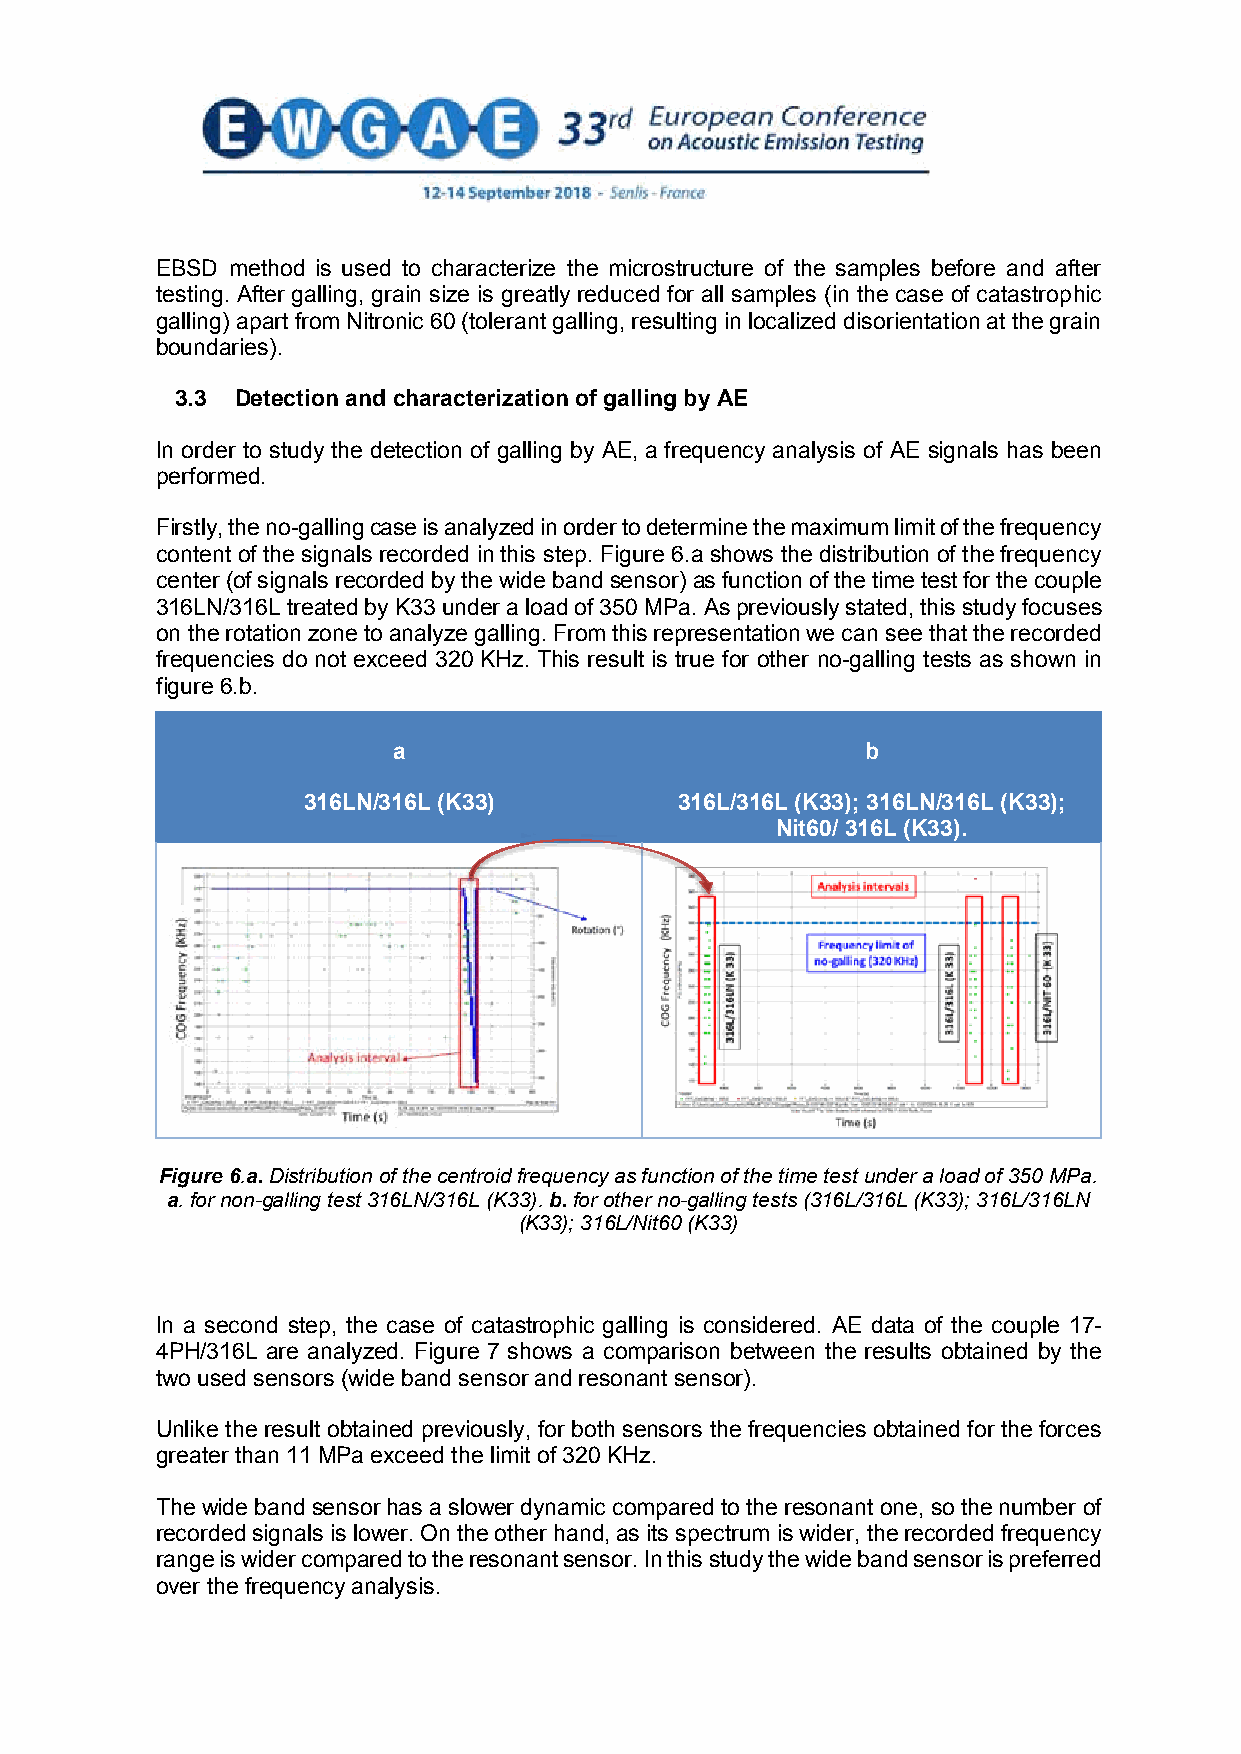
EBSD method is used to characterize the microstructure of the samples before and after
 testing. After galling, grain size is greatly reduced for all samples (in the case of catastrophic
 galling) apart from Nitronic 60 (tolerant galling, resulting in localized disorientation at the grain
 boundaries).
 3.3 Detection and characterization of galling by AE
 In order to study the detection of galling by AE, a frequency analysis of AE signals has been
 performed.
 Firstly, the no-galling case is analyzed in order to determine the maximum limit of the frequency
 content of the signals recorded in this step. Figure 6.a shows the distribution of the frequency
 center (of signals recorded by the wide band sensor) as function of the time test for the couple
 316LN/316L treated by K33 under a load of 350 MPa. As previously stated, this study focuses
 on the rotation zone to analyze galling. From this representation we can see that the recorded
 frequencies do not exceed 320 KHz. This result is true for other no-galling tests as shown in
 figure 6.b.
 a                              b
 316LN/316L (K33)         316L/316L (K33); 316LN/316L (K33);
 Nit60/ 316L (K33).
 Figure 6.a. Distribution of the centroid frequency as function of the time test under a load of 350 MPa.
 a. for non-galling test 316LN/316L (K33). b. for other no-galling tests (316L/316L (K33); 316L/316LN
 (K33); 316L/Nit60 (K33)
 In a second step, the case of catastrophic galling is considered. AE data of the couple 17-
 4PH/316L are analyzed. Figure 7 shows a comparison between the results obtained by the
 two used sensors (wide band sensor and resonant sensor).
 Unlike the result obtained previously, for both sensors the frequencies obtained for the forces
 greater than 11 MPa exceed the limit of 320 KHz.
 The wide band sensor has a slower dynamic compared to the resonant one, so the number of
 recorded signals is lower. On the other hand, as its spectrum is wider, the recorded frequency
 range is wider compared to the resonant sensor. In this study the wide band sensor is preferred
 over the frequency analysis.
 7